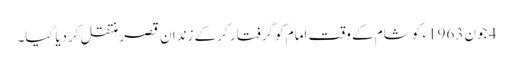
4 جون 1963ء کو شام کے وقت امام کو گرفتار کرکے زندان قصر منتقل کردیا گیا۔